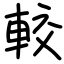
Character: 較